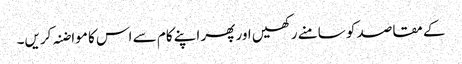
کے مقاصد کو سامنے رکھیں اور پھر اپنے کام سے اس کا مواضنہ کریں۔